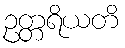
ဥတ္တရိယတိ